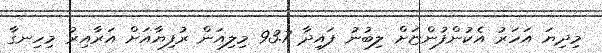
މިދިޔަ އަހަރު އެކުންފުންޏަށް ލިބުނު ފައިދާ 93.7 މިލިއަން ރުފިޔާއަށް އަރާއިރު މިހިނގާ